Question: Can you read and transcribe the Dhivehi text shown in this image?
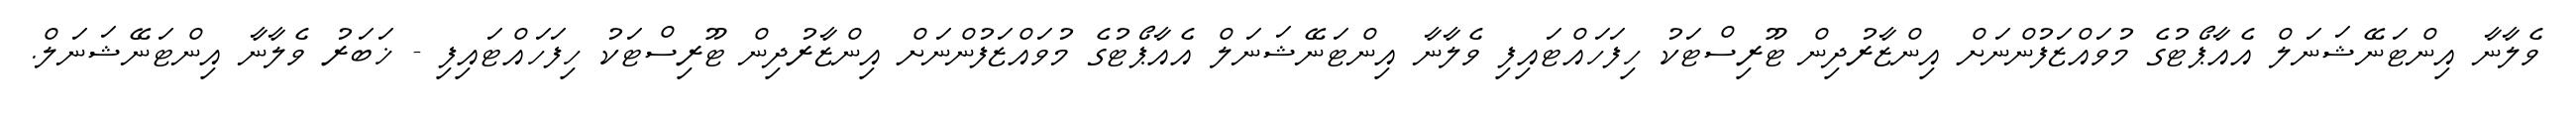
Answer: ވެލާނާ އިންޓަނޭޝަނަލް އެއާޕޯޓުގެ މުވައްޒަފުންނަށް އިންޒާރުދިން ޓޫރިސްޓަކު ހިފަހައްޓައިފި ވެލާނާ އިންޓަނޭޝަނަލް އެއާޕޯޓުގެ މުވައްޒަފުންނަށް އިންޒާރުދިން ޓޫރިސްޓަކު ހިފަހައްޓައިފި - ޚަބަރު ވެލާނާ އިންޓަނޭޝަނަލް.